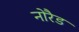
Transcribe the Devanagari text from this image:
नोरैड